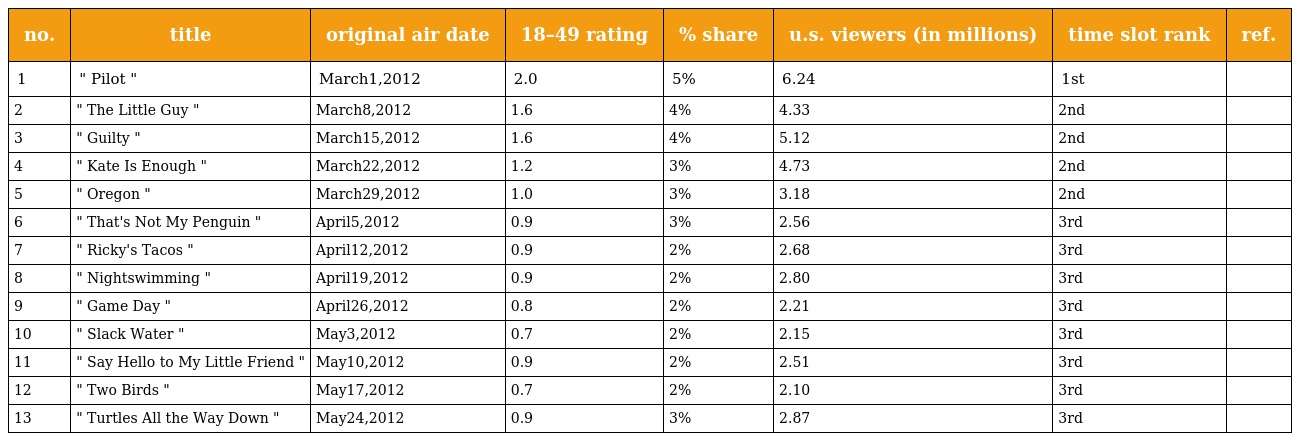
| no. | title | original air date | 18–49 rating | % share | u.s. viewers (in millions) | time slot rank | ref. |
 | --- | --- | --- | --- | --- | --- | --- | --- |
 | 1 | " Pilot " | March1,2012 | 2.0 | 5% | 6.24 | 1st |  |
 | 2 | " The Little Guy " | March8,2012 | 1.6 | 4% | 4.33 | 2nd |  |
 | 3 | " Guilty " | March15,2012 | 1.6 | 4% | 5.12 | 2nd |  |
 | 4 | " Kate Is Enough " | March22,2012 | 1.2 | 3% | 4.73 | 2nd |  |
 | 5 | " Oregon " | March29,2012 | 1.0 | 3% | 3.18 | 2nd |  |
 | 6 | " That's Not My Penguin " | April5,2012 | 0.9 | 3% | 2.56 | 3rd |  |
 | 7 | " Ricky's Tacos " | April12,2012 | 0.9 | 2% | 2.68 | 3rd |  |
 | 8 | " Nightswimming " | April19,2012 | 0.9 | 2% | 2.80 | 3rd |  |
 | 9 | " Game Day " | April26,2012 | 0.8 | 2% | 2.21 | 3rd |  |
 | 10 | " Slack Water " | May3,2012 | 0.7 | 2% | 2.15 | 3rd |  |
 | 11 | " Say Hello to My Little Friend " | May10,2012 | 0.9 | 2% | 2.51 | 3rd |  |
 | 12 | " Two Birds " | May17,2012 | 0.7 | 2% | 2.10 | 3rd |  |
 | 13 | " Turtles All the Way Down " | May24,2012 | 0.9 | 3% | 2.87 | 3rd |  |